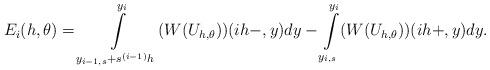
LaTeX: \begin{align*}E_{i}(h,\theta)=\int\limits_{y_{i-1,s}+s^{(i-1)}h}^{y_{i}}(W(U_{h,\theta}))(ih-,y)dy-\int\limits_{y_{i,s}}^{y_{i}}(W(U_{h,\theta}))(ih+,y)dy.\end{align*}